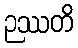
ဉဿတိ